Vaccination in Burma 1920-1933 - 1920-1933
Year: 1920
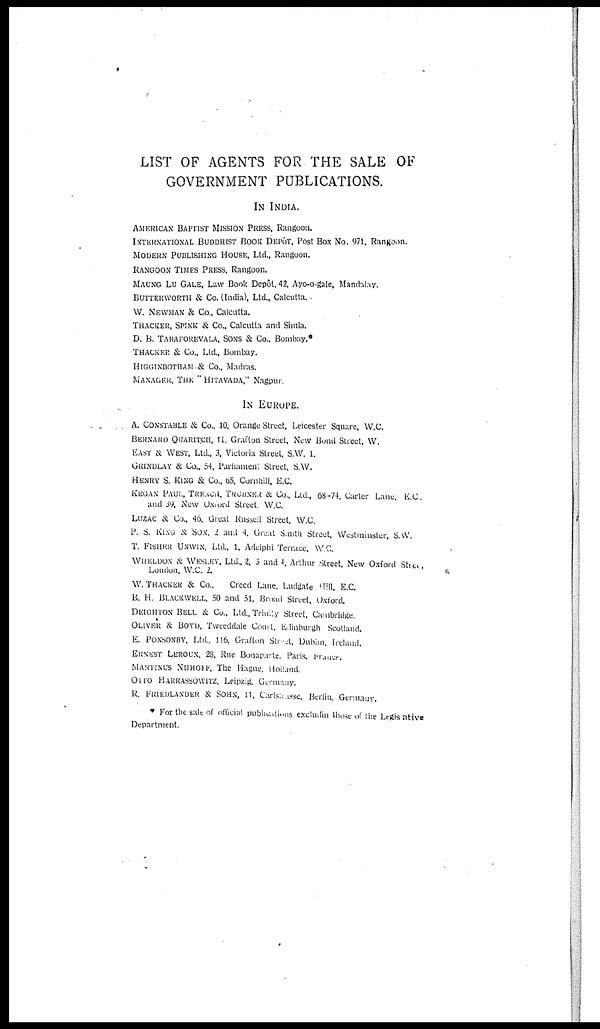
LIST OF AGENTS FOR THE SALE OF
GOVERNMENT PUBLICATIONS.
IN INDIA.
AMERICAN BAPTIST MISSION PRESS, Rangoon.
INTERNATIONAL BUDDHIST BOOK DEPÔT, Post Box No. 971. Rangoon.
MODERN PUBLISHING HOUSE, Ltd., Rangoon.
RANGOON TIMES PRESS, Rangoon.
MAUNG LU GALE, Law Book Depôt. 42, Ayo-o-gale, Mandalay.
BUTTERWORTH & Co. (India), Ltd., Calcutta.
W. NEWMAN & Co., Calcutta.
THACKER, SPINK & Co., Calcutta and Simla.
D. B. TARATOREVALA, SONS & Co., Bombay.*
THACKER & Co., Ltd., Bombay.
HIGGINBOTHAM & Co., Madras.
MANAGER, THE " HITAVADA." Nagpur
IN EUROPE.
A. CONSTABLE & Co., 10, Orange Street, Leicester Square. W.C.
BERNARD QUARITCH. 11, Graflon Street, New Bond Street, W.
EAST & WEST, Ltd., 3, Victoria Street, S.W. 1.
GRINDLAY & Co., 54, Parliament Street, S.W.
HENRY S. KING & Co., 05, Cornhill, E.C.
KEGAN PAUL, TREACH, TRUBNER. & Co., Ltd., 68-74. Carter Lane, E.C.
and 39, New Oxford Street. W.C.
LUZAC & Co., 46, Great Russell Street, W.C.
P. S. KING & SON, 2 and 4. Great Smith Street, Westminster, S.W.
T. FISHER UNWIN, Ltd., 1, Adelphi Terrace, W.C.
WHELDON & WESLEY, Ltd., 2, 3 and 4, Arthur Street, New Oxford Street,
London, W.C. 2.
W.THACKER & Co.,
Creed Lane, Ludgate Hill. E.C.
B. H. BLACKWELL. 50 and 51, Broad Street, Oxford.
DEIGHTON BELL & Co., Ltd., Trinty Street, Cambridge.
OLIVER & BOYD, Tweeddale Court. Edinburgh Scotland.
E. PONSONBY, Ltd., 116. Grafton Street, Dublin, Ireland.
ERNEST LEROUX, 28, Rue Bonaparte, Paris. France.
MARTINUS NIJHOFF. The Hague, Holland.
OTTO HARRASSOWITZ, Leipzig, Germany.
R. FRIEDLANDER & SOHN, 11, Carlsaisse. Berlin. Germany.
* For the sale of official publications excludin those of the Legis ative
Department.